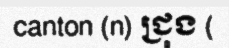
canton (n) ជ្រុង (